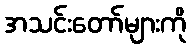
အသင်းတော်များကို